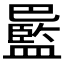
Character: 𫶻